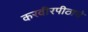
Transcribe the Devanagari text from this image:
करवीरपीठाचे